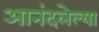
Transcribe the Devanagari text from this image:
आनंदलेल्या